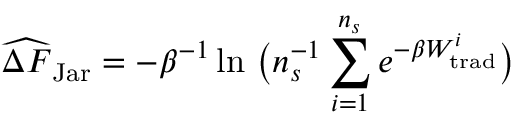
\widehat { \Delta F } _ { \mathrm { J a r } } = - \beta ^ { - 1 } \ln \, \big ( n _ { s } ^ { - 1 } \sum _ { i = 1 } ^ { n _ { s } } e ^ { - \beta W _ { \mathrm { t r a d } } ^ { i } } \big )